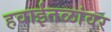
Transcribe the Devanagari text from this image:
हवाईतळांवर